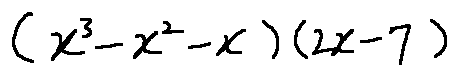
( x ^ { 3 } - x ^ { 2 } - x ) ( 2 x - 7 )